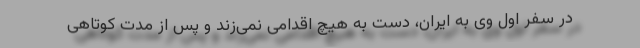
در سفر اول وی به ایران، دست به هیچ اقدامی نمی‌زند و پس از مدت کوتاهی